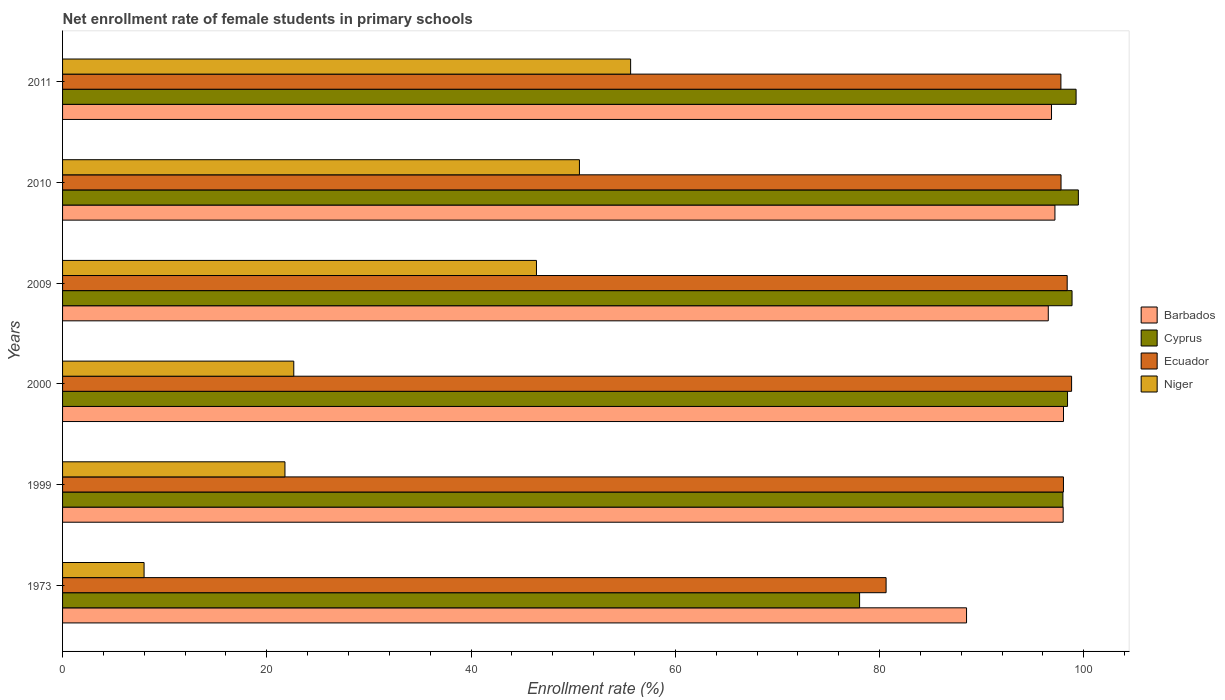
| Years | Barbados | Cyprus | Ecuador | Niger |
 | --- | --- | --- | --- | --- |
 | 1973 | 88.5 | 78 | 80.6 | 7.98 |
 | 1999 | 98 | 98 | 98 | 21.8 |
 | 2000 | 98 | 98.4 | 98.8 | 22.6 |
 | 2009 | 96.5 | 98.8 | 98.4 | 46.4 |
 | 2010 | 97.2 | 99.5 | 97.8 | 50.6 |
 | 2011 | 96.8 | 99.2 | 97.8 | 55.6 |